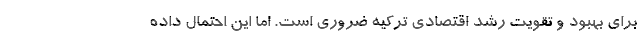
برای بهبود و تقویت رشد اقتصادی ترکیه ضروری است. اما این احتمال داده